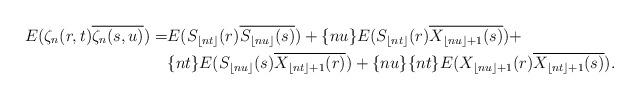
LaTeX: \begin{align*}E(\zeta_{n}(r,t)\overline{\zeta_{n}(s,u)})=&E(S_{\lfloor nt \rfloor}(r)\overline{S_{\lfloor nu \rfloor}(s)})+\{nu\}E(S_{\lfloor nt \rfloor}(r)\overline{X_{\lfloor nu \rfloor+1}(s)})+\\&\{nt\}E(S_{\lfloor nu \rfloor}(s)\overline{X_{\lfloor nt \rfloor+1}(r)})+\{nu\}\{nt\} E(X_{\lfloor nu \rfloor+1}(r)\overline{X_{\lfloor nt \rfloor+1}(s)}).\end{align*}